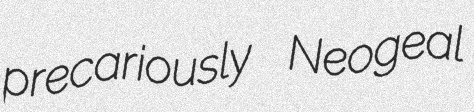
precariously Neogeal